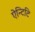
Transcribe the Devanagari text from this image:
ऐन्टिटि